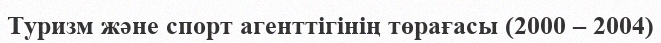
Туризм және спорт агенттігінің төрағасы (2000 – 2004)